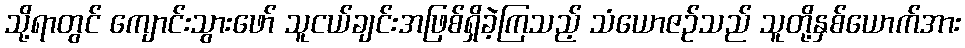
သို့ရာတွင် ကျောင်းသွားဖော် သူငယ်ချင်းအဖြစ်ရှိခဲ့ကြသည့် သံယောဇဉ်သည် သူတို့နှစ်ယောက်အား